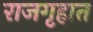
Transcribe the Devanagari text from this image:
राजगृहात